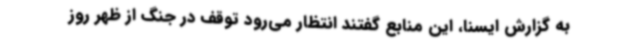
به گزارش ایسنا، این منابع گفتند انتظار می‌رود توقف در جنگ از ظهر روز